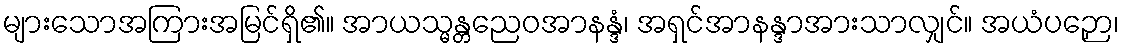
များသောအကြားအမြင်ရှိ၏။ အာယသ္မန္တညေဝအာနန္ဒံ၊ အရှင်အာနန္ဒာအားသာလျှင်။ အယံပဉှော၊